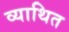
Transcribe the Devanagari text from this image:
व्याथित